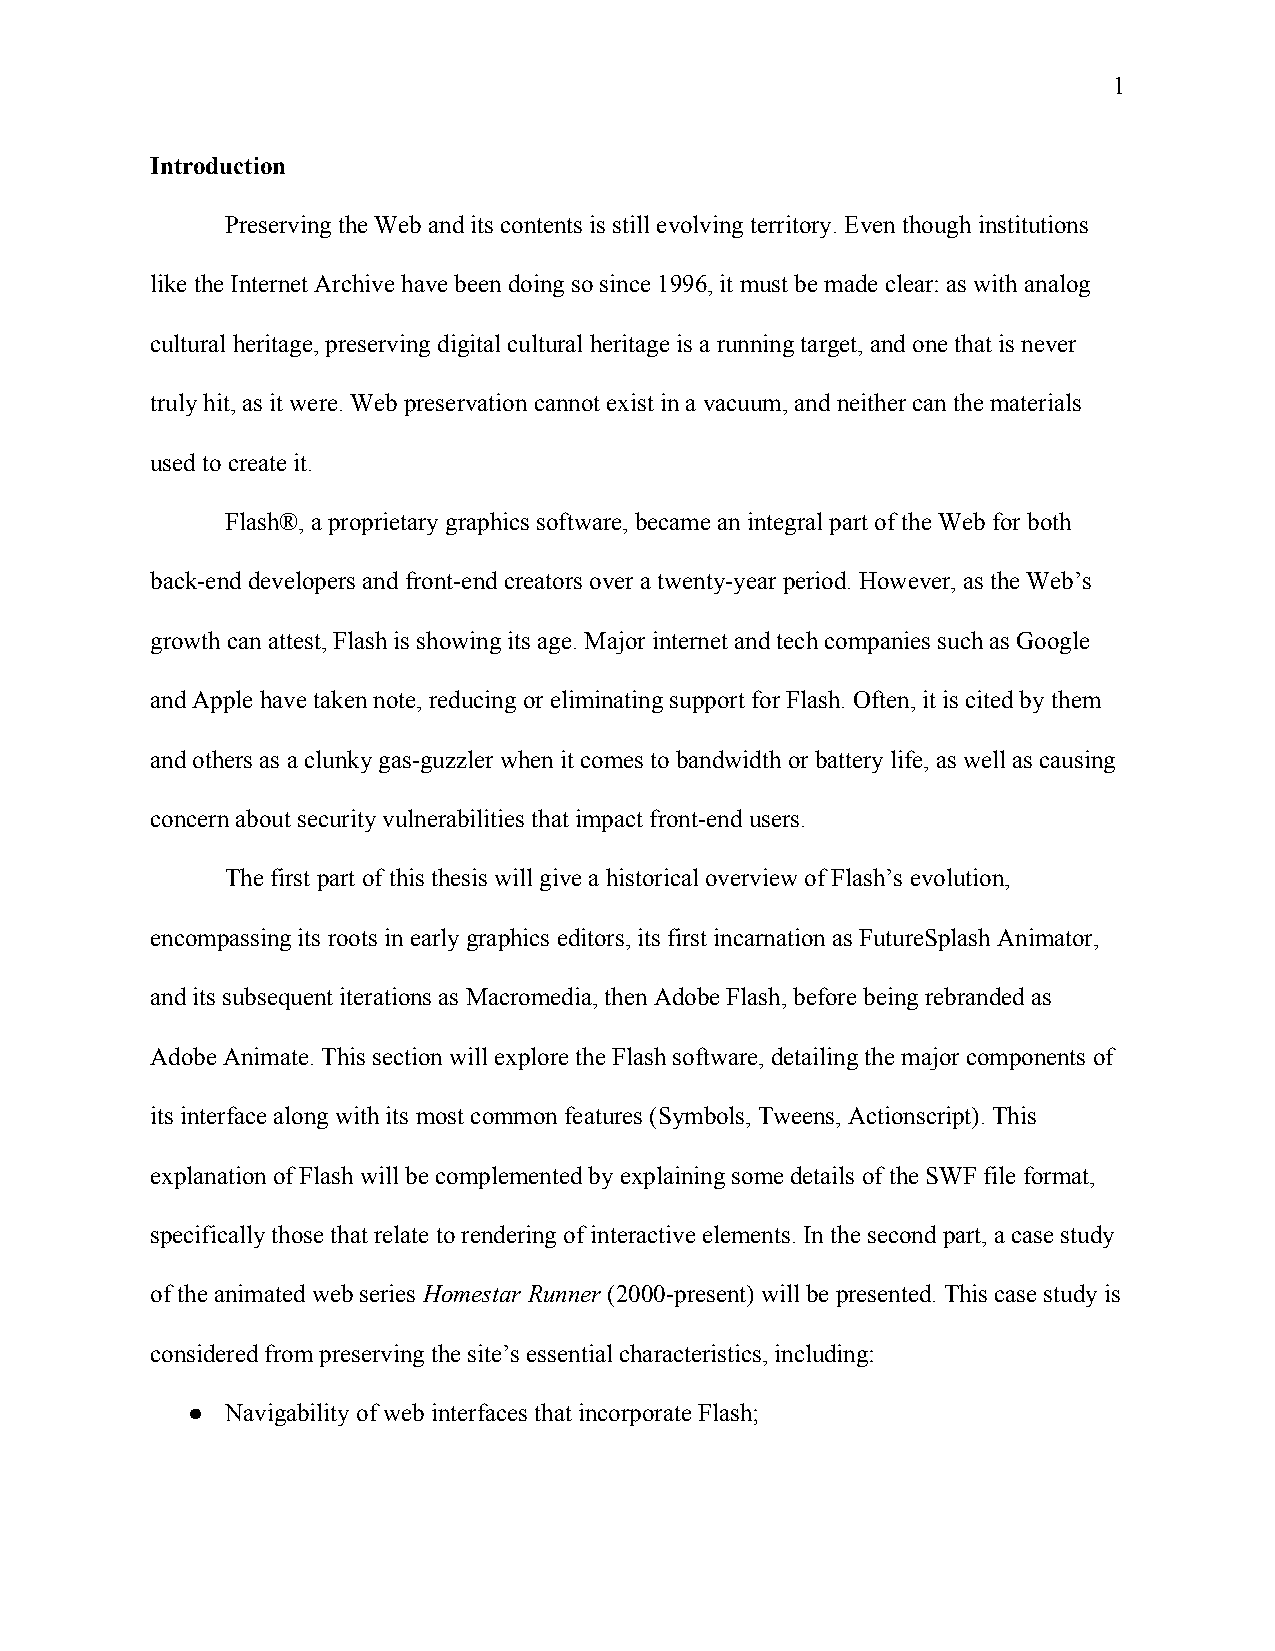
1
 Introduction
 Preserving the Web and its contents is still evolving territory. Even though institutions
 like the Internet Archive have been doing so since 1996, it must be made clear: as with analog
 cultural heritage, preserving digital cultural heritage is a running target, and one that is never
 truly hit, as it were. Web preservation cannot exist in a vacuum, and neither can the materials
 used to create it.
 Flash®, a proprietary graphics software, became an integral part of the Web for both
 back-end developers and front-end creators over a twenty-year period. However, as the Web’s
 growth can attest, Flash is showing its age. Major internet and tech companies such as Google
 and Apple have taken note, reducing or eliminating support for Flash. Often, it is cited by them
 and others as a clunky gas-guzzler when it comes to bandwidth or battery life, as well as causing
 concern about security vulnerabilities that impact front-end users.
 The first part of this thesis will give a historical overview of Flash’s evolution,
 encompassing its roots in early graphics editors, its first incarnation as FutureSplash Animator,
 and its subsequent iterations as Macromedia, then Adobe Flash, before being rebranded as
 Adobe Animate. This section will explore the Flash software, detailing the major components of
 its interface along with its most common features (Symbols, Tweens, Actionscript). This
 explanation of Flash will be complemented by explaining some details of the SWF file format,
 specifically those that relate to rendering of interactive elements. In the second part, a case study
 of the animated web series Homestar Runner (2000-present) will be presented. This case study is
 ​           ​
 considered from preserving the site’s essential characteristics, including:
 ●  Navigability of web interfaces that incorporate Flash;